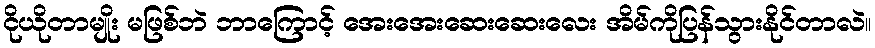
ငိုယိုတာမျိုး မဖြစ်ဘဲ ဘာကြောင့် အေးအေးဆေးဆေးလေး အိမ်ကိုပြန်သွားနိုင်တာလဲ။